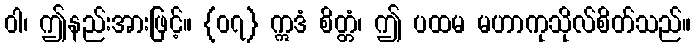
ဝါ၊ ဤနည်းအားဖြင့်။ {၀၇} ဣဒံ စိတ္တံ၊ ဤ ပထမ မဟာကုသိုလ်စိတ်သည်။